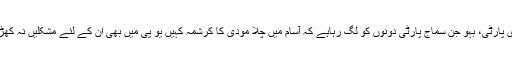
سماج وادی پارٹی، بہو جن سماج پارٹی دونوں کو لگ رہاہے کہ آسام میں چلا مودی کا کرشمہ کہیں یو پی میں بھی ان کے لئے مشکلیں نہ کھڑی کردے۔